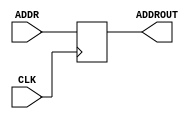
module PC(ADDR, ADDROUT, CLK);
    input CLK;
    input [31:0] ADDR;
    output reg [31:0] ADDROUT;


    always @(posedge CLK) begin
        ADDROUT <= ADDR;
    end


endmodule